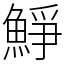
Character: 䱢